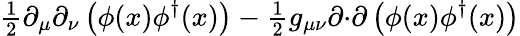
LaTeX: {\textstyle{\frac{1}{2}}}\partial_{\mu}\partial_{\nu}\left(\phi(x)\phi^{\dagger}(x)\right)-{\textstyle{\frac{1}{2}}}g_{\mu\nu}\partial{\cdot}\partial\left(\phi(x)\phi^{\dagger}(x)\right)